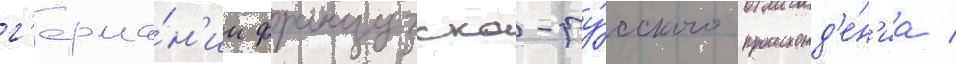
г'ерма́н'ии французско-ру́сского происхожд'е́н'иа /